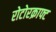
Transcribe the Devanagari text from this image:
रोटोरक्राफ्ट